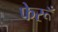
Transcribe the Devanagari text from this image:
फेरूँ